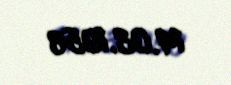
14.03.1956